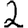
Digit: 2